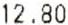
12.80